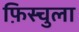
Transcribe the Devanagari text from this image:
फ़िस्चुला